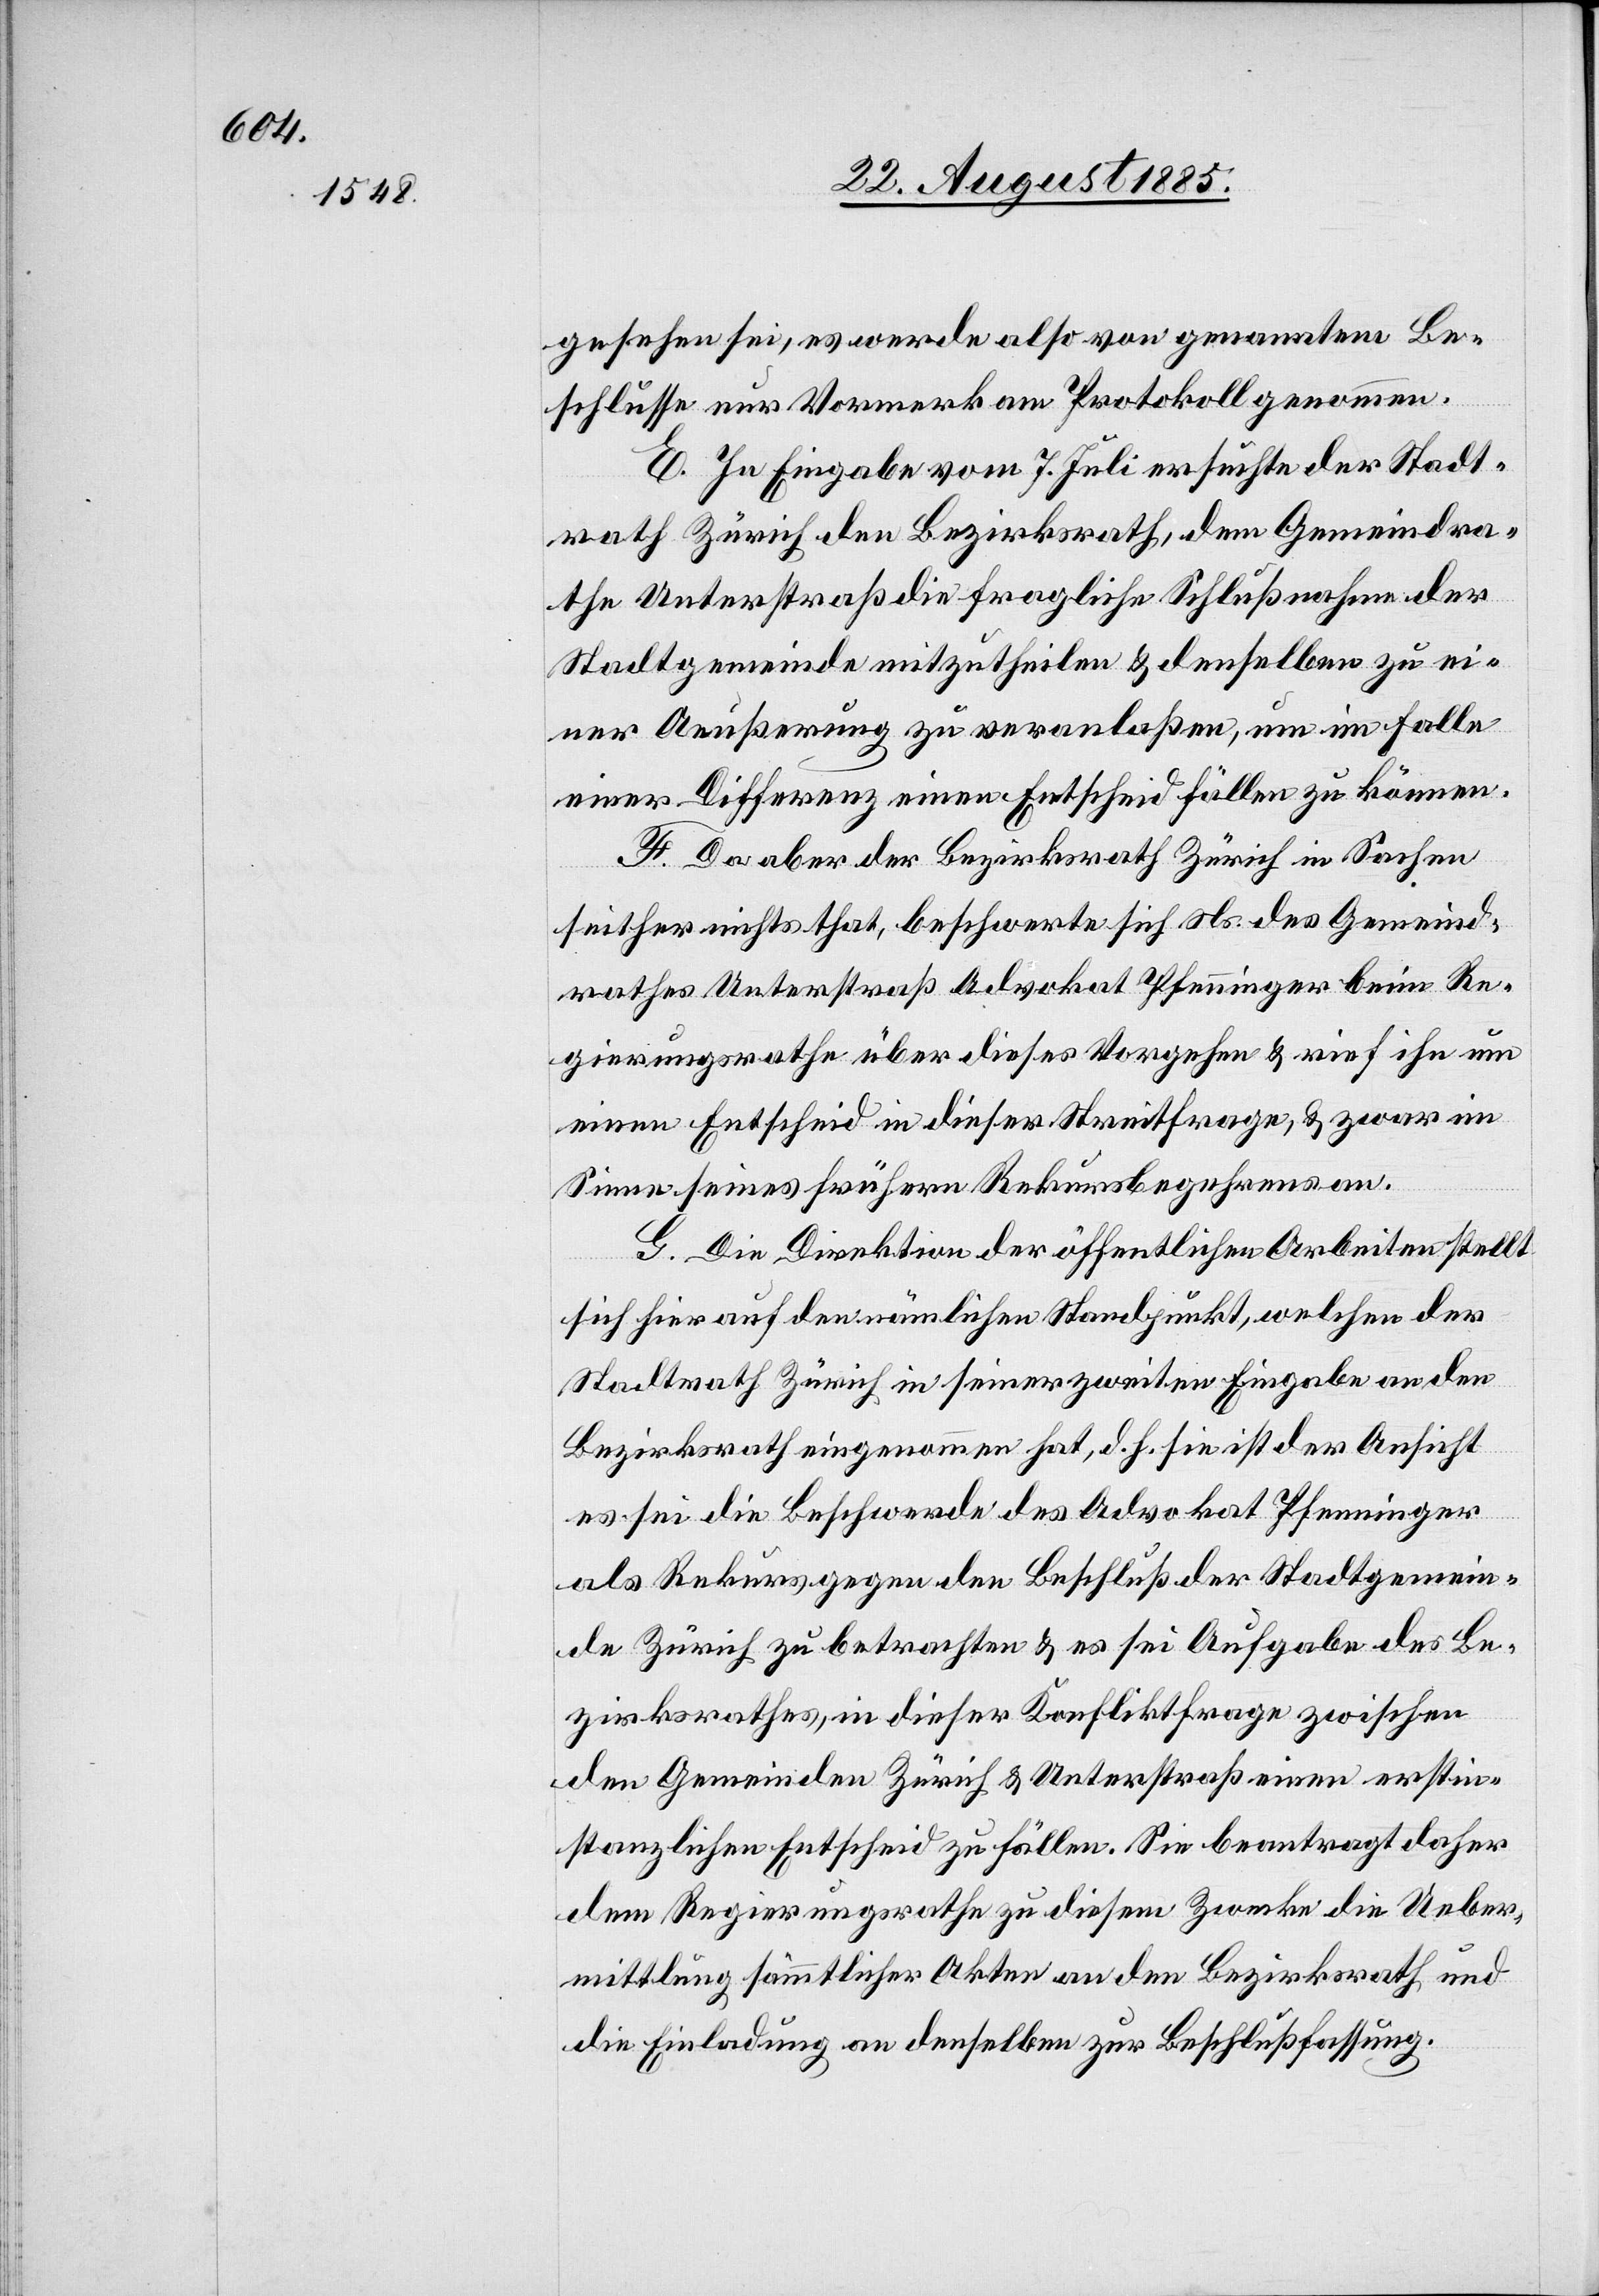
gesehen sei, es werde also von genanntem Be¬
schlusse nur Vormerk am Protokoll genommen.
E. In Eingabe vom 7. Juli ersuchte der Stadt¬
rath Zürich den Bezirksrath, dem Gemeindra¬
the Unterstraß die fragliche Schlußnahme der
Stadtgemeinde mitzutheilen & denselben zu ei¬
ner Aeußerung zu veranlaßen, um im Falle
einer Differenz einen Entscheid fällen zu können.
F. Da aber der Bezirksrath Zürich in Sachen
seither nichts that, beschwerte sich Ns. des Gemeind¬
rathes Unterstraß Advokat Pfenninger beim Re¬
gierungsrathe über dieses Vorgehen & rief ihn um
einen Entscheid in dieser Streitfrage, & zwar im
Sinne seines frühern Rekursbegehrens an.
G. Die Direktion der öffentlichen Arbeiten stellt
sich hier auf den nämlichen Standpunkt, welchen der
Stadtrath Zürich in seiner zweiten Eingabe an den
Bezirksrath eingenommen hat, d. h. sie ist der Ansicht
es sei die Beschwerde des Advokat Pfenninger
als Rekurs gegen den Beschluß der Stadtgemein¬
de Zürich zu betrachten & es sei Aufgabe des Be¬
zirksrathes, in dieser Konfliktfrage zwischen
den Gemeinden Zürich & Unterstraß einen erstin¬
stanzlichen Entscheid zu fällen. Sie beantragt daher
dem Regierungsrathe zu diesem Zwecke die Ueber¬
mittlung sämmtlicher Akten an den Bezirksrath und
die Einladung an denselben zur Beschlußfassung.